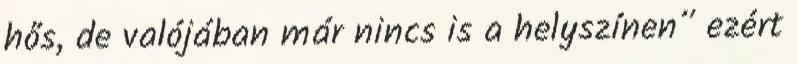
hős, de valójában már nincs is a helyszínen” ezért